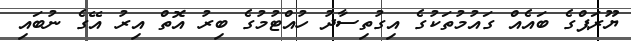
ޔޫރަޕްގެ ބައެއް ގައުމުތަކުގެ އިގުތިސާދު ހުއްޓުމުގެ ބިރު އޮތް އިރު އޭގެ ނުބައި